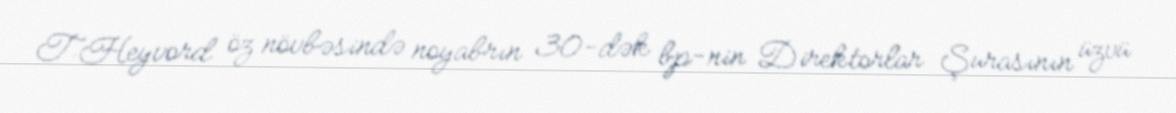
T.Heyvord öz növbəsində noyabrın 30-dək bp-nin Direktorlar Şurasının üzvü